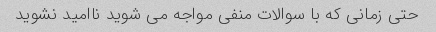
حتی زمانی که با سوالات منفی مواجه می شوید ناامید نشوید